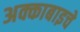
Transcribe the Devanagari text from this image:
अक्काबाइचे